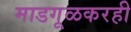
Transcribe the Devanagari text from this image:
माडगूळकरही